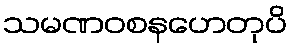
သမဏဝစနဟေတုပိ